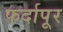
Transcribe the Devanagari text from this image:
फर्दापूर